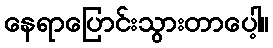
နေရာပြောင်းသွားတာပေါ့။